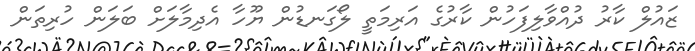
ޒައުލް ކާރު ދުއްވާލިފަހުން ކާރުގެ އަރިމަތީ ލޯގަނޑުން ޔޫހާ އެދިމާލަށް ބަލަން ހުރިތަން